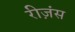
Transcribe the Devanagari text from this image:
रीज़ंस